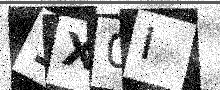
Text: 1X0I